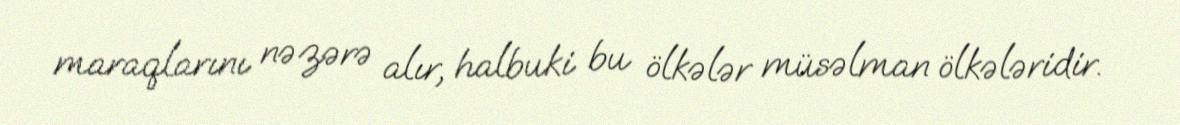
maraqlarını nəzərə alır, halbuki bu ölkələr müsəlman ölkələridir.